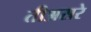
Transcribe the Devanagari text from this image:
तीअसरे